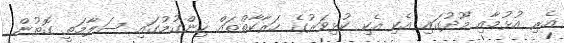
އެރި އުޅުމާއި މޫދުގައި އެކި އެކި ކުޅިވަރުގެ ހަރާކާތްތައް ހިންގުމުގައި ސަލާމަތީ ގޮތުން